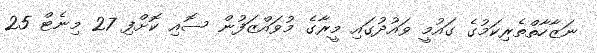
ނަޒާހާތްތެރިކަމުގެ ގައުމީ ވައުދުގައި މީރާގެ މުވައްޒަފުން ސޮއި ކޮށްފި 27 މިނެޓް 25